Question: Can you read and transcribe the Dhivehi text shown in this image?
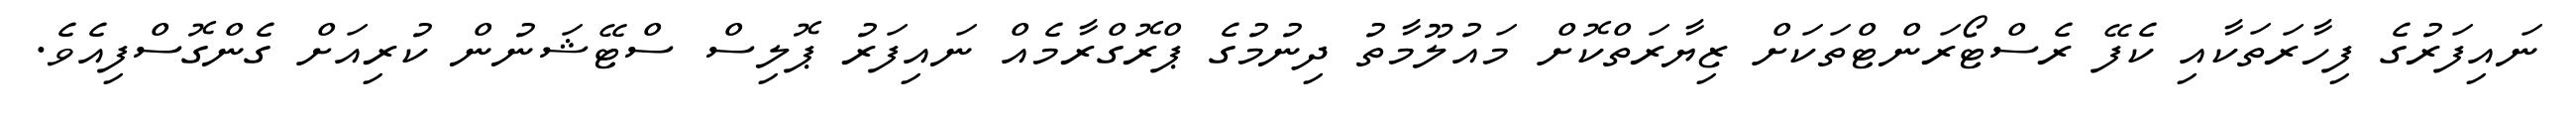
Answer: ނައިފަރުގެ ފިހާރަތަކާއި ކެފޭ ރެސްޓޯރަންޓްތަކަށް ޒިޔާރަތްކޮށް މައުލޫމާތު ދިނުމުގެ ޕްރޮގްރާމެއް ނައިފަރު ޕޮލިސް ސްޓޭޝަނުން ކުރިއަށް ގެންގޮސްފިއެވެ.